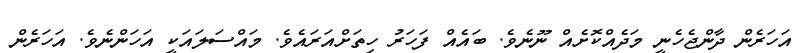
އަހަރެން ދާންޖެހެނީ މަދެއްކޮށެއް ނޫނެވެ. ބައެއް ފަހަރު ހިތަށްއަރައެވެ. މައްސަލައަކީ އަހަންނެވެ. އަހަރެން